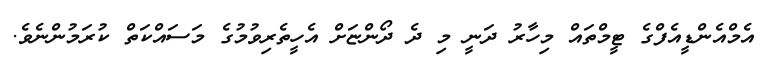
އެމްއެންޑީއެފްގެ ޓީމްތައް މިހާރު ދަނީ މި ދެ ދޯންޏަށް އެހީތެރިވުމުގެ މަސައްކަތް ކުރަމުންނެވެ.